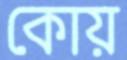
কোয়